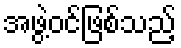
အဖွဲ့ဝင်ဖြစ်သည့်